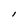
Character: l